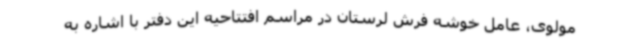
مولوی، عامل خوشه فرش لرستان در مراسم افتتاحیه این دفتر با اشاره به